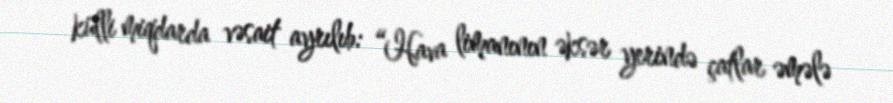
külli miqdarda vəsait ayrılıb: “Hava limanının əksər yerində çatlar əmələ